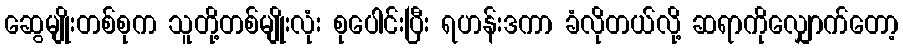
ဆွေမျိုးတစ်စုက သူတို့တစ်မျိုးလုံး စုပေါင်းပြီး ရဟန်းဒကာ ခံလိုတယ်လို့ ဆရာကိုလျှောက်တော့